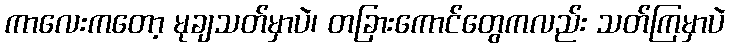
ကာလေးကတော့ မုချသတ်မှာပဲ၊ တခြားကောင်တွေကလည်း သတ်ကြမှာပဲ